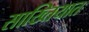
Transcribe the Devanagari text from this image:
साख्तियात